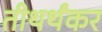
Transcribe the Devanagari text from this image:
तीथर्थंकर